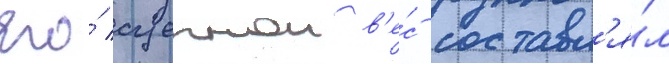
Его́ сцепнои в'е́с составл'я́л